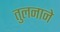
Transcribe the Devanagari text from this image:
तुलनाने